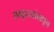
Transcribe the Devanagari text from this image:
समुदायांमधून